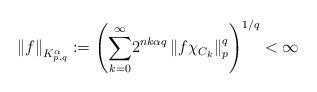
LaTeX: \begin{align*}\left\Vert f\right\Vert _{K_{p,q}^{\alpha}}:=\left({\displaystyle\sum\limits_{k=0}^{\infty}}2^{nk\alpha q}\left\Vert f\chi_{C_{k}}\right\Vert _{p}^{q}\right)^{1/q}<\infty \end{align*}